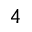
_ 4